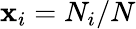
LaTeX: \mathbf{x}_{i}=N_{i}/N